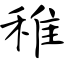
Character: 稚